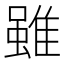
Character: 雖